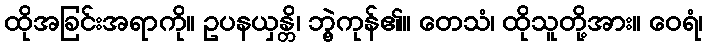
ထိုအခြင်းအရာကို။ ဥပနယှန္တိ၊ ဘွဲ့ကုန်၏။ တေသံ၊ ထိုသူတို့အား။ ဝေရံ၊